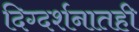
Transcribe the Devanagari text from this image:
दिग्दर्शनातही